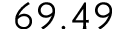
6 9 . 4 9